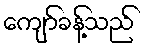
ကျော်ခန့်သည်